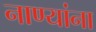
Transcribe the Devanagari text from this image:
नाण्यांना